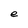
Character: e